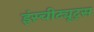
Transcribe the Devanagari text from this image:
इंस्चीट्यूट्स